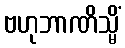
ဗဟုဘာဏိသ္မိံ